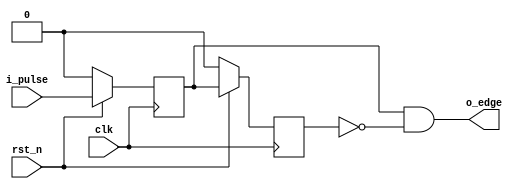
`timescale 1ns/1ns

module pulse_posedge_detection(
    clk,
    rst_n,
    i_pulse,
    o_edge
    );
    
input           clk;
input           rst_n;
input           i_pulse;
output          o_edge;

wire            clk;
wire            rst_n;
wire            i_pulse;
wire            o_edge;
reg             preg1;
reg             preg2;

//preg1preg2preg1
always@(posedge clk)begin
    if(!rst_n) begin 
        preg1 <= 0;
        preg2 <= 0;
    end
    else begin 
        preg1 <= i_pulse;
        preg2 <= preg1;
    end
end

//preg1preg2
assign  o_edge = preg1 & (~ preg2); 
//assign wire

endmodule